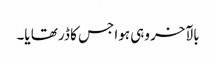
بالآخر وہی ہوا جس کا ڈر تھا یا۔